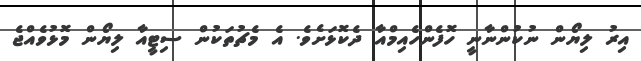
އިރު ލިޔޯން ނުކުންނާނީ ހޮފެންހެއިމްއާ ދެކޮޅަށެވެ. އެ މެޗުތަކުން ސިޓީއާ ލިޔޯން މޮޅުވެއްޖެ